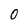
Character: 0